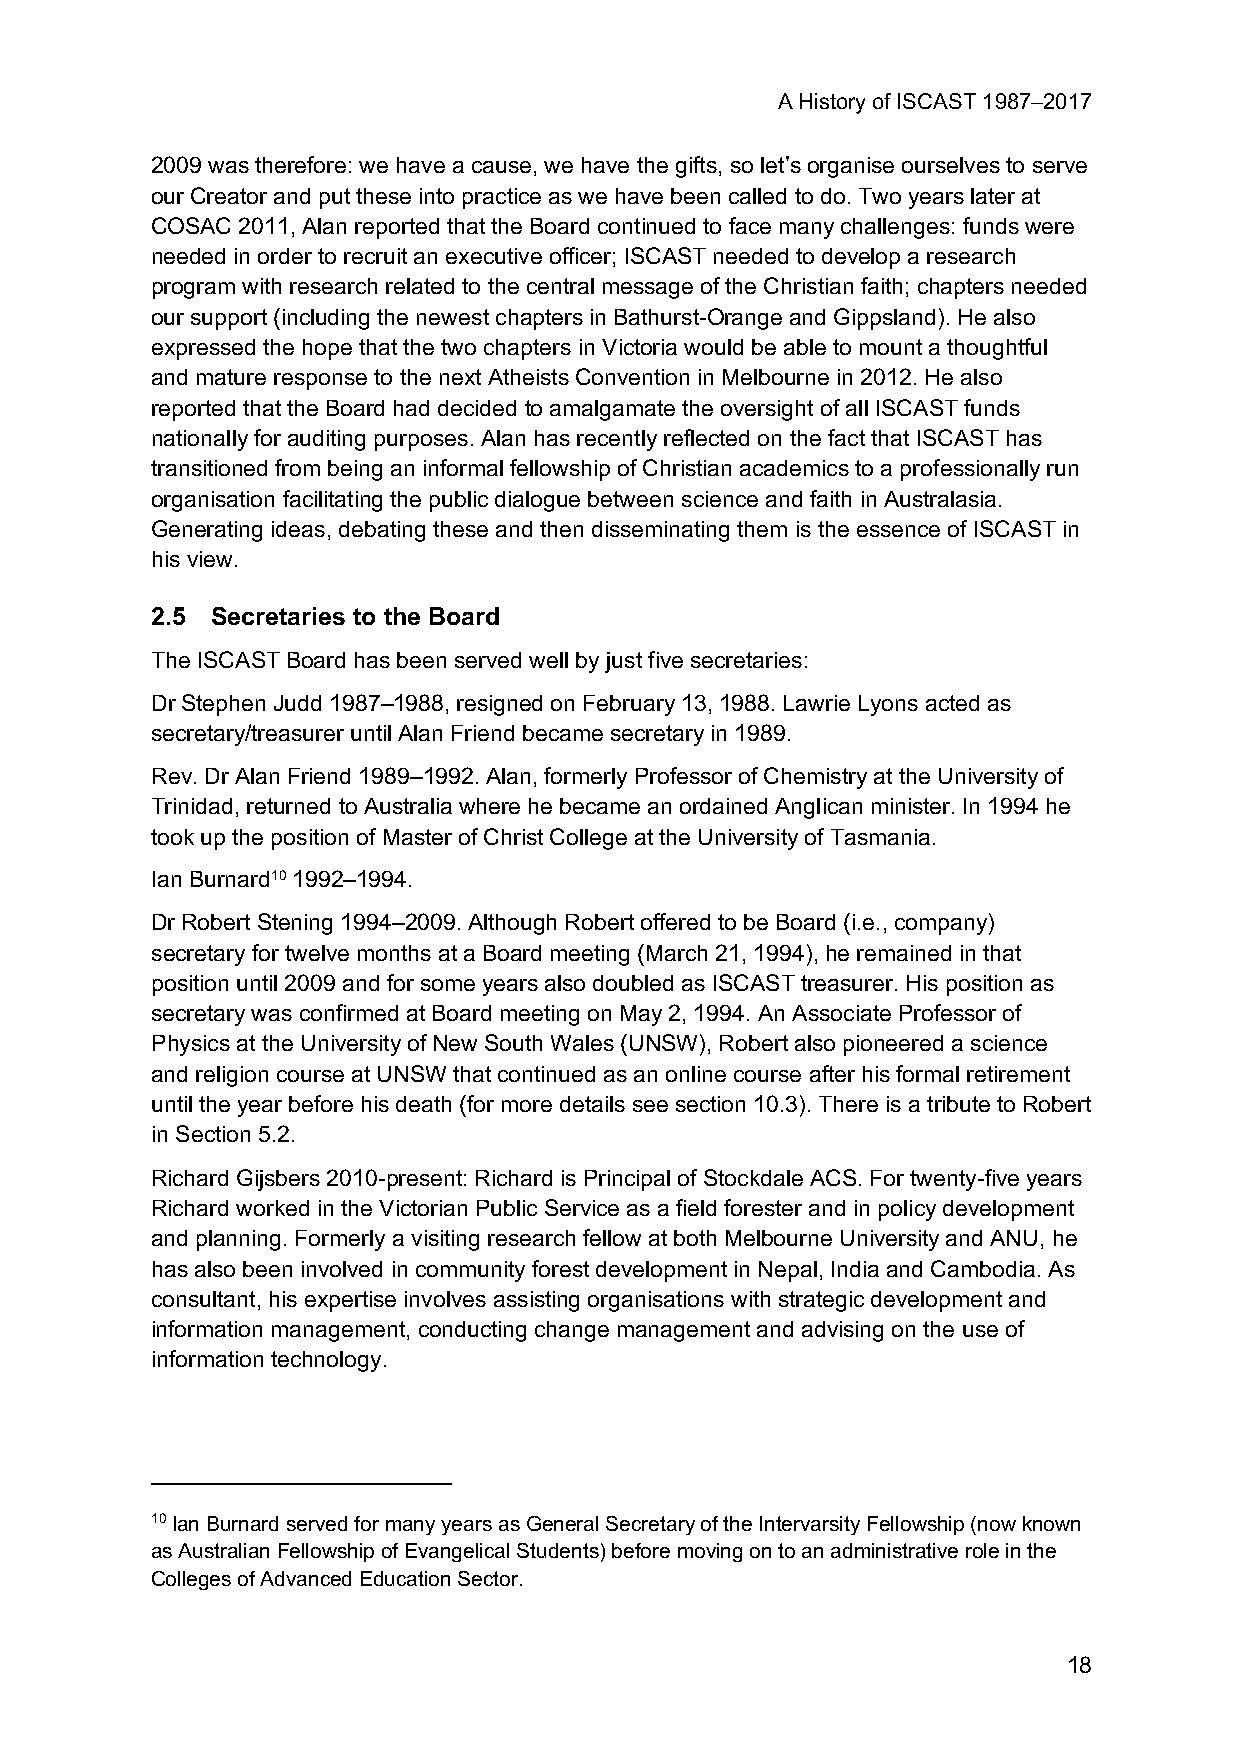
A History of ISCAST 1987–2017
 2009 was therefore: we have a cause, we have the gifts, so let’s organise ourselves to serve
 our Creator and put these into practice as we have been called to do. Two years later at
 COSAC 2011, Alan reported that the Board continued to face many challenges: funds were
 needed in order to recruit an executive officer; ISCAST needed to develop a research
 program with research related to the central message of the Christian faith; chapters needed
 our support (including the newest chapters in Bathurst-Orange and Gippsland). He also
 expressed the hope that the two chapters in Victoria would be able to mount a thoughtful
 and mature response to the next Atheists Convention in Melbourne in 2012. He also
 reported that the Board had decided to amalgamate the oversight of all ISCAST funds
 nationally for auditing purposes. Alan has recently reflected on the fact that ISCAST has
 transitioned from being an informal fellowship of Christian academics to a professionally run
 organisation facilitating the public dialogue between science and faith in Australasia.
 Generating ideas, debating these and then disseminating them is the essence of ISCAST in
 his view.
 2.5 Secretaries to the Board
 The ISCAST Board has been served well by just five secretaries:
 Dr Stephen Judd 1987–1988, resigned on February 13, 1988. Lawrie Lyons acted as
 secretary/treasurer until Alan Friend became secretary in 1989.
 Rev. Dr Alan Friend 1989–1992. Alan, formerly Professor of Chemistry at the University of
 Trinidad, returned to Australia where he became an ordained Anglican minister. In 1994 he
 took up the position of Master of Christ College at the University of Tasmania.
 Ian Burnard10 1992–1994.
 Dr Robert Stening 1994–2009. Although Robert offered to be Board (i.e., company)
 secretary for twelve months at a Board meeting (March 21, 1994), he remained in that
 position until 2009 and for some years also doubled as ISCAST treasurer. His position as
 secretary was confirmed at Board meeting on May 2, 1994. An Associate Professor of
 Physics at the University of New South Wales (UNSW), Robert also pioneered a science
 and religion course at UNSW that continued as an online course after his formal retirement
 until the year before his death (for more details see section 10.3). There is a tribute to Robert
 in Section 5.2.
 Richard Gijsbers 2010-present: Richard is Principal of Stockdale ACS. For twenty-five years
 Richard worked in the Victorian Public Service as a field forester and in policy development
 and planning. Formerly a visiting research fellow at both Melbourne University and ANU, he
 has also been involved in community forest development in Nepal, India and Cambodia. As
 consultant, his expertise involves assisting organisations with strategic development and
 information management, conducting change management and advising on the use of
 information technology.
 10 Ian Burnard served for many years as General Secretary of the Intervarsity Fellowship (now known
 as Australian Fellowship of Evangelical Students) before moving on to an administrative role in the
 Colleges of Advanced Education Sector.
 18